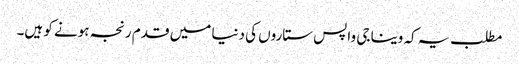
مطلب یہ کہ وینا جی واپس ستاروں کی دنیا میں قدم رنجہ ہونے کو ہیں۔